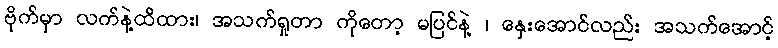
ဗိုက်မှာ လက်နဲ့ထိထား၊ အသက်ရှုတာ ကိုတော့ မပြင်နဲ့ ၊ နှေးအောင်လည်း အသက်အောင့်